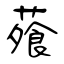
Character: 蕵